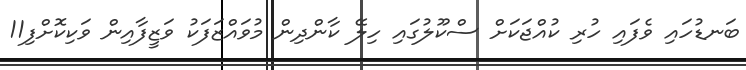
ބަނޑުހައި ވެފައި ހުރި ކުއްޖަކަށް ސްކޫލުގައި ހިލޭ ކާންދިން މުވައްޒަފަކު ވަޒީފާއިން ވަކިކޮށްފި11